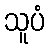
သူပံ